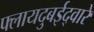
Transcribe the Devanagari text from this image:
फ्लायदुबईद्वारे